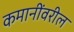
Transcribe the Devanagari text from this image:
कमानींवरील